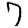
Digit: 7